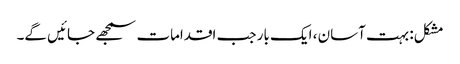
مشکل: بہت آسان ، ایک بار جب اقدامات سمجھے جائیں گے۔